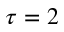
\tau = 2